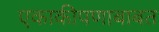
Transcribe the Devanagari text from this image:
एकाकीपणाबाबत